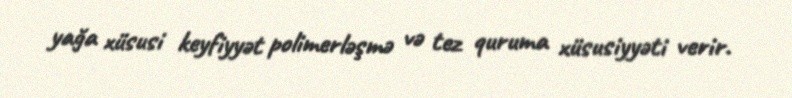
yağa xüsusi keyfiyyət polimerləşmə və tez quruma xüsusiyyəti verir.